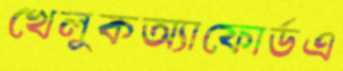
খেলুকঅ্যাফোর্ডএ